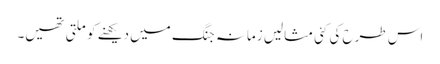
اس طرح کی کئی مثالیں زمانہ جنگ میں دیکھنے کو ملتی تھیں۔